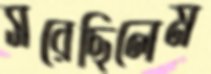
সরেছিলেম